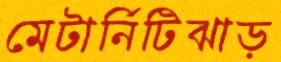
মেটার্নিটিঝাড়